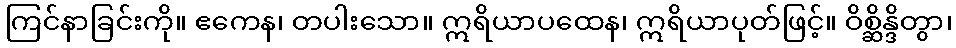
ကြင်နာခြင်းကို။ ဧကေန၊ တပါးသော။ ဣရိယာပထေန၊ ဣရိယာပုတ်ဖြင့်။ ဝိစ္ဆိန္ဒိတွာ၊